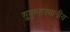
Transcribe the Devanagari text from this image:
सुषुम्नास्थानीय